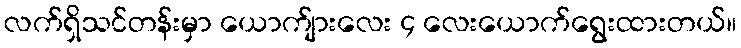
လက်ရှိသင်တန်းမှာ ယောက်ျားလေး ၄ လေးယောက်ရွေးထားတယ်။